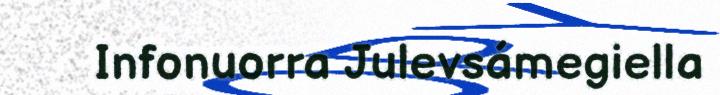
Infonuorra Julevsámegiella